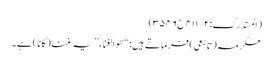
(المستدرک:۲؍۴۱۱ح۳۵۴۶)
عکرمہ(تابعی) فرماتے ہیں:‘‘ ھو الغناء’’ یہ غنا(گانا) ہے۔